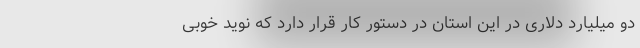
دو میلیارد دلاری در این استان در دستور کار قرار دارد که نوید خوبی